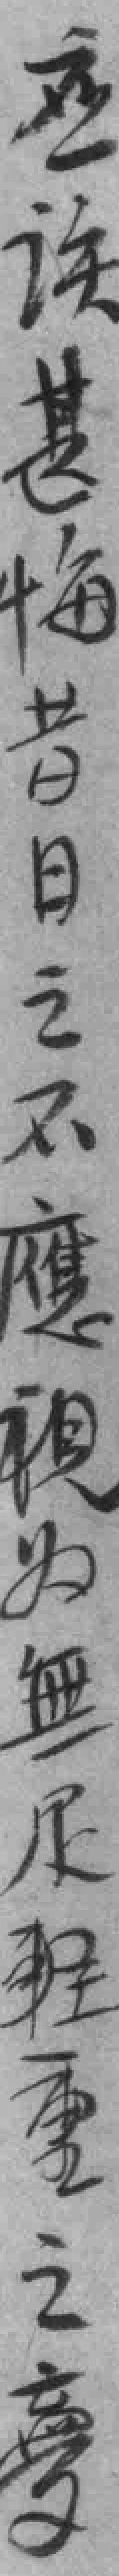
应该甚悔昔日之不應視为無足輕重之*